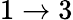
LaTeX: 1\to 3